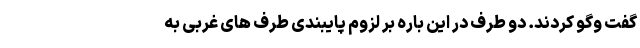
گفت وگو کردند. دو طرف در این باره بر لزوم پایبندی طرف های غربی به